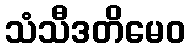
သံသီဒတိမေဝ